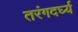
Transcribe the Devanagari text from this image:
तरंगदर्घ्य